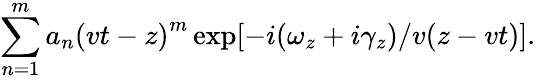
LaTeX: \sum_{n=1}^{m}a_{n}\left(vt-z\right)^{m}\exp[-i(\omega_{z}+i\gamma_{z})/v(z-vt)].